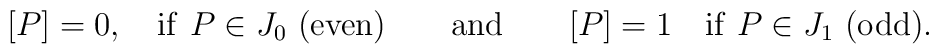
\lbrack P]=0,\quad {\rm if\ }P\in J_{0}\ ({\rm even})\qquad {\rm and}\qquad[P]=1\quad {\rm if\ }P\in J_{1}\ ({\rm odd}).